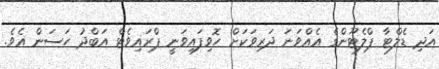
އަދި ޑެލްޓާ ޕްލެޓޫންގެ އެއްވަނަ ދަރިވަކަށް ހޮވިފައިވަނީ ޕްރައިވެޓް އަބްދު ހަސަން އެވެ.